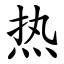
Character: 热